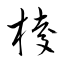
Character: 椶